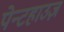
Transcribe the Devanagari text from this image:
पेन्टहाउज़